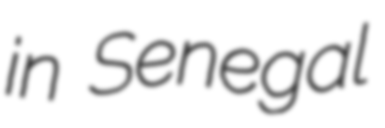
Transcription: in Senegal